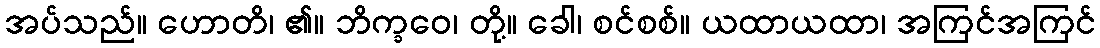
အပ်သည်။ ဟောတိ၊ ၏။ ဘိက္ခဝေ၊ တို့။ ခေါ၊ စင်စစ်။ ယထာယထာ၊ အကြင်အကြင်